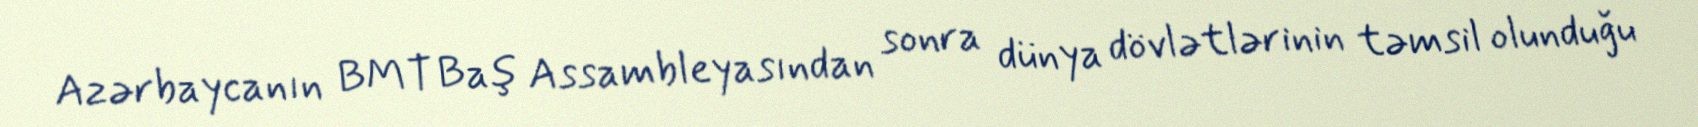
Azərbaycanın BMT Baş Assambleyasından sonra dünya dövlətlərinin təmsil olunduğu